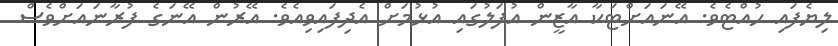
ލިޔެފައި ހުއްޓެވެ. އޭނައަށްޓަކާ އާޒީން އުފަލުގައި އުޅުމަށް އެދިފައިވިއެވެ. އޭރުން އޭނަގެ ފުރާނައަށްވެސް